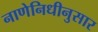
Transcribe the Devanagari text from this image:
नाणेनिधीनुसार